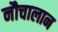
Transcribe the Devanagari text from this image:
नौचालान